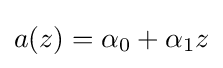
a(z)=\alpha _{0}+\alpha _{1}z